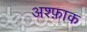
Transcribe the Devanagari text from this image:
अश्फ़ाक